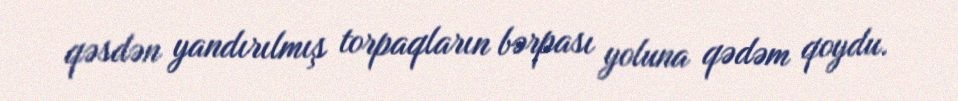
qəsdən yandırılmış torpaqların bərpası yoluna qədəm qoydu.